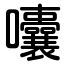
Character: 囔